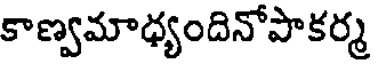
కాణ్వమాధ్యందినోపాకర్మ